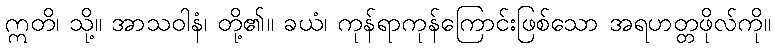
ဣတိ၊ သို့။ အာသဝါနံ၊ တို့၏။ ခယံ၊ ကုန်ရာကုန်ကြောင်းဖြစ်သော အရဟတ္တဖိုလ်ကို။